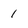
Character: 1